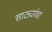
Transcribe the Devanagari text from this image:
साठ्यांवर